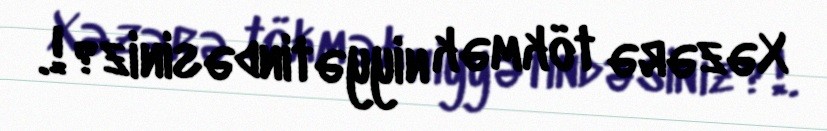
Xəzərə tökmək niyyətindəsiniz?!.